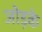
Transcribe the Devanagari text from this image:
जोड़के